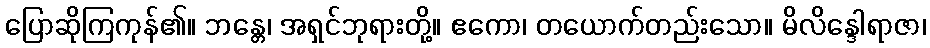
ပြောဆိုကြကုန်၏။ ဘန္တေ၊ အရှင်ဘုရားတို့။ ဧကော၊ တယောက်တည်းသော။ မိလိန္ဒေါရာဇာ၊